Vaccination United Provinces of Agra and Oudh 1902-1913 - 1902-1913
Year: 1902
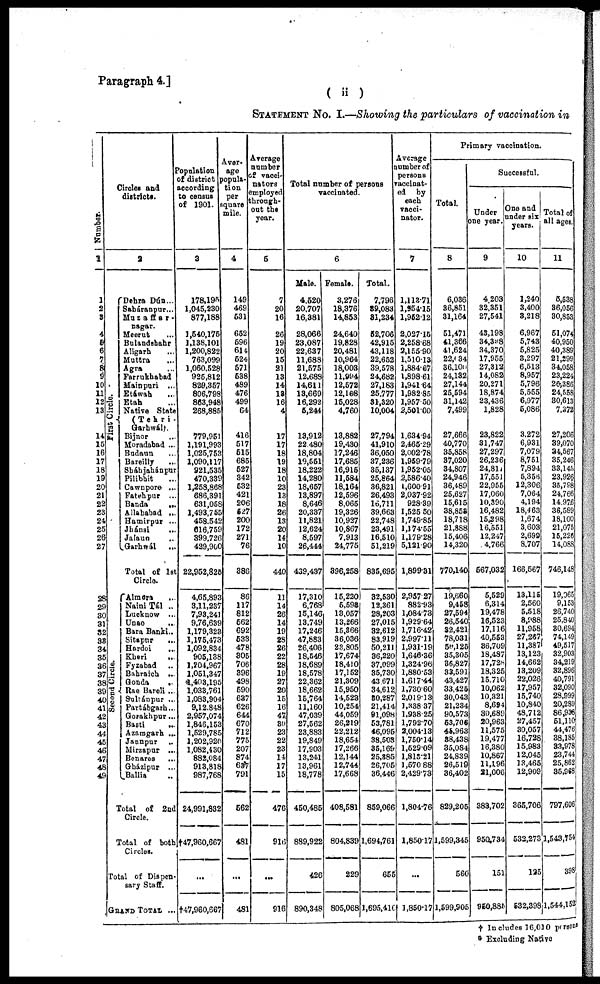
Paragraph 4.]
( ii )
STATEMENT No. I.—Showing the particulars of vaccination in
Number.
1
1
2
3
4
5
6
7
8
9
10
11
12
13
14
15
16
17
18
19
20
21
22
23
24
25
26
27
28
29
30
31
32
33
34
35
36
37
38
39
40
41
42
43
44
45
46
47
48
49
Circles and
districts.
2
First Circle.
Second Circle.
Dehra Dún ...
Saháranpur...
Muzaffar-
nagar.
Meerut ...
Bulandshahr
Aligarh ...
Muttra ...
Agra ...
Farrukhabad
Mainpuri ...
Etáwah ...
Etah ...
Native State
(Tehri-
Garhwál).
Bijnor ...
Moradabad ...
Budaun ...
Bareilly ...
Sháhjahánpur
Pilibhit ...
Cawnpore ...
Fatehpur ...
Banda
...
Allahabad ...
Hamirpur ...
Jhánsi
...
Jalaun ...
Garhwál
...
Total of 1st
Circle.
Almora ...
Naini Tál ..
Lucknow ...
Unao ...
Bara Banki..
Sitapur
...
Hardoi
...
Kheri
...
Fyzabad ...
Bahraich ...
Gonda
...
Rae Bareli ...
Sultánpur ...
Partábgarh...
Gorakhpur...
Basti ...
Azamgarh ...
Jaunpur ...
Mirzapur ...
Benares
...
Gházipur ...
Ballia ...
Total of 2nd
Circle.
Total of both
Circles.
Total of Dispen-
sary Staff.
GRAND TOTAL ...
Population
of district
according
to census
of 1901.
3
178,195
1,045,230
877,188
1,540,175
1,138,101
1,200,822
763,099
1,060,528
925,812
829,357
806,798
863,948
268,885
779,951
1,191,993
1,025,753
1,090,117
921,535
470,339
1,258,868
686,391
631,058
1,493,755
458,542
616,759
399,726
429,900
22,952,825
4,65,893
3,11,237
7,93,241
9,76,639
1,179,323
1,175,473
1,092,834
905,138
1,204,967
1,051,347
1,403,195
1,033,761
1,083,904
9,12,848
2,957,074
1,846,153
1,529,785
1,202,920
1,082,430
882,084
913,818
987,768
24,991,832
†47,960,667
...
†47,960,667
Aver-
age
popula-
tion
per
square
mile.
4
149
469
531
652
596
614
524
571
538
489
476
499
64
416
517
515
685
527
342
532
421
206
527
200
172
271
76
386
86
117
812
562
692
533
478
305
706
396
498
590
637
626
644
670
712
775
207
874
637
791
562
481
...
481
Average
number
of vacci-
nators
employed
through-
out the
year.
5
7
20
16
26
19
20
15
21
13
14
18
16
4
17
17
18
19
18
10
23
13
18
26
13
20
14
10
440
11
14
26
14
19
28
26
22
28
19
27
20
15
16
47
30
23
22
23
14
17
15
476
916
...
916
Total number of persons
vaccinated.
6
Male.
4,520
20,707
16,381
28,066
23,087
22,637
11,688
21,575
12,688
14,611
13,669
16,292
5,244
13,912
22,480
18,804
19,551
18,222
14,280
18,657
13,897
8,646
20,337
11,821
12,624
8,597
26,444
439,437
17,310
6,768
15,146
13,749
17,246
47,883
26,406
18,546
18,689
18,578
22,362
18,662
15,764
11,160
47,039
27,562
23,883
19,849
17,903
13,241
13,961
18,778
450,485
889,922
426
890,348
Female.
3,276
18,376
14,853
24,640
19,828
20,481
10,964
18,003
11,994
12,572
12,108
16,028
4,760
13,882
19,430
17,246
17,685
16,915
11,584
18,164
12,596
8,065
19,326
10,927
10,867
7,913
24,775
396,258
15,220
5,598
13,057
13,266
15,366
36,036
23,805
17,674
18,410
17,152
21,309
15,950
14,523
10,254
44,059
26,219
22,212
18,654
17,266
12,144
12,744
17,668
408,581
804,839
229
805,068
Total.
7,796
39,083
31,234
52,706
42,915
43,118
22,652
39,578
24,682
27,183
25,777
31,320
10,004
27,794
41,910
36,050
37,236
35,137
25,864
36,821
26,493
16,711
39,663
22,748
23,491
16,510
51,219
835,695
32,530
12,361
28,203
27,015
32,612
83,919
50,211
36,220
37,099
35,730
43,671
34,612
30,287
21,414
91,098
53,781
46,095
38,508
35,169
25,885
26,705
36,446
859,066
1,694,761
655
1,695,416
Average
number of
persons
vaccinat-
ed by
each
vacci-
nator.
7
1,113.71
1,954.15
1,952.12
2,027.15
2,258.68
2,155.90
1,510.13
1,884.67
1,898.61
1,941.64
1,982.85
1,957.50
2,501.00
1,634.94
2,465.29
2,002.78
1,959.79
1,952.05
2,586.40
1,600.91
2,037.92
928.39
1,525.50
1,749.85
1,174.55
1,179.28
5,121.90
1,899.31
2,957.27
882.93
1,084.73
1,929.64
1,716.42
2,997.11
1,931.19
1,646.36
1,324.96
1,880.53
1,617.44
1,730.60
2,019.13
1,338.37
1,938.25
1,792.70
2,004.13
1,750.14
1,529.09
1,813.21
1,570 88
2,429.73
1,804.76
1,850.17
...
1,850.17
Primary vaccination.
Total.
8
6,036
36,851
31,164
51,471
41,366
41,624
22,634
36,100
24,132
27,144
25,594
31,142
7,499
27,666
40,770
35,858
37,020
34,807
24,946
36,489
25,627
15,615
38,858
18,718
21,888
15,406
14,320
770,140
19,660
9,458
27,594
26,540
32,421
78,031
50,125
35,305
36,827
33,591
43,427
33,425
30,043
21,234
90,573
53,706
45,963
38,438
35,084
24,839
26,519
36,402
829,205
1,599,345
560
1,599,905
Successful.
Under
one year.
9
4,203
32,351
27,541
43,198
34,398
34,370
17,955
27,312
14,082
20,271
18,874
23,436
1,828
23,822
31,747
27,297
26,236
24,811
17,551
22,955
17,060
10,390
16,482
15,298
16,551
12,247
4,766
567,032
5,529
6,314
19,478
16,523
17,116
40,553
36,709
18,487
17,728
18,325
15,710
10,062
10,321
8,694
30,689
20,963
11,575
19,477
16,380
10,867
11,196
21,006
383,702
950,734
151
950,881
One and
under six
years.
10
1,240
3,400
3,218
6,967
5,743
5,825
3,297
6,513
8,957
5,796
5,555
6,977
5,086
3,272
6,931
7,079
8,751
7,894
5,356
12,306
7,064
4,194
18,463
1,674
3,603
2,699
8,707
166,567
13,115
2,560
5,518
8,988
11,958
27,267
11,387
13,123
14,662
13,209
22,026
17,957
15,740
10,840
48,712
27,457
30,057
16,728
15,983
12,045
13,465
12,909
365,706
532,273
125
532,398
Total of
all ages.
11
5,538
36,056
30,853
51,074
40,950
40,389
21,299
34,058
23,224
26,386
24,558
30,613
7,372
27,206
39,070
34,567
35,246
33,145
23,926
35,798
24,766
14,976
36,589
18,100
21,075
15,226
14,088
746,148
19,065
9,153
26,740
25,840
30,694
74,149
49,517
32,903
34,219
32,896
40,791
32,090
28,999
20,289
86,936
51,110
44,476
38,185
33,978
23,744
25,862
35,968
797,606
1,543,754
398
1,544,152
† Includes 16,010 person
* Excluding Native